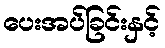
ပေးအပ်ခြင်းနှင့်